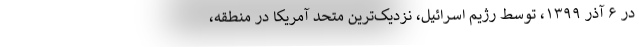
در ۶ آذر ۱۳۹۹، توسط رژیم اسرائیل، نزدیک‌ترین متحد آمریکا در منطقه،